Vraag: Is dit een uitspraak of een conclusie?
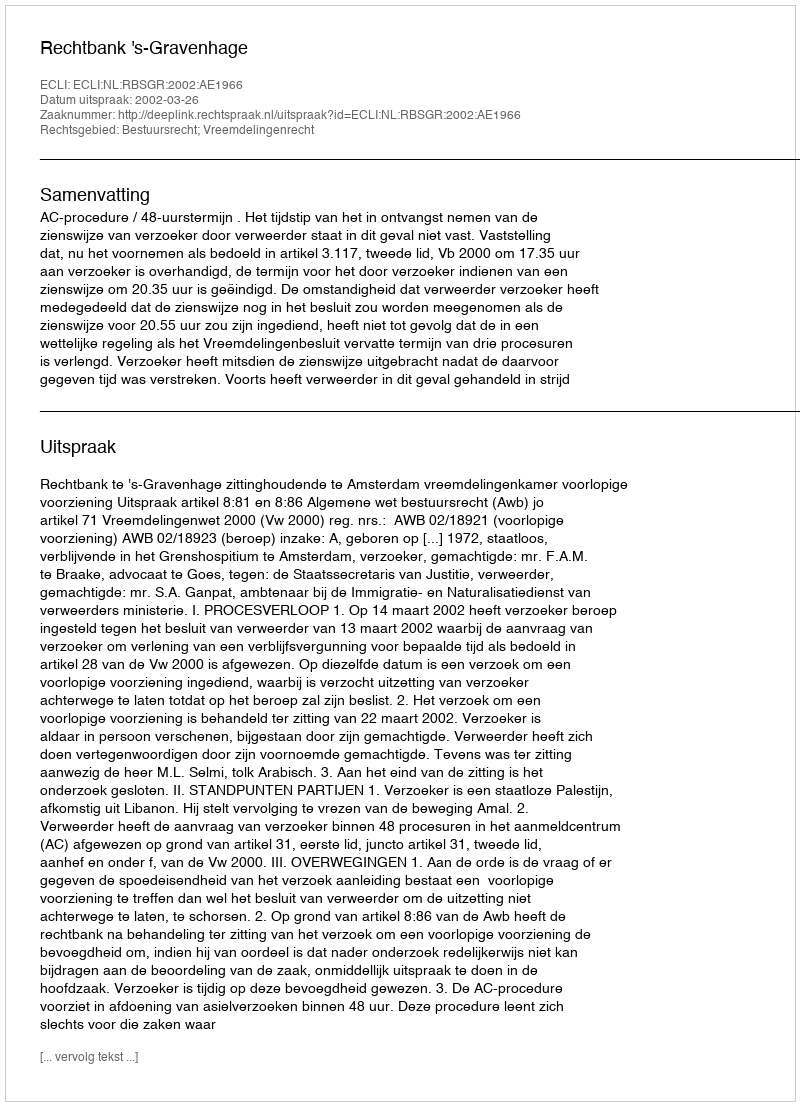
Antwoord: Uitspraak